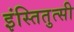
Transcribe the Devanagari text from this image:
इंस्तितुत्सी